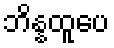
ဘိန္နထူပေ